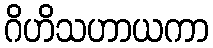
ဂိဟိသဟာယကာ